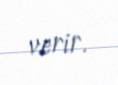
verir.